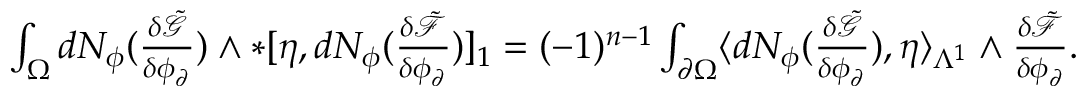
\begin{array} { r } { \int _ { \Omega } d N _ { \phi } ( \frac { \delta \tilde { \mathcal { G } } } { \delta \phi _ { \partial } } ) \wedge \ast [ \eta , d N _ { \phi } ( \frac { \delta \tilde { \mathcal { F } } } { \delta \phi _ { \partial } } ) ] _ { 1 } = ( - 1 ) ^ { n - 1 } \int _ { \partial \Omega } \langle d N _ { \phi } ( \frac { \delta \tilde { \mathcal { G } } } { \delta \phi _ { \partial } } ) , \eta \rangle _ { \Lambda ^ { 1 } } \wedge \frac { \delta \tilde { \mathcal { F } } } { \delta \phi _ { \partial } } . } \end{array}